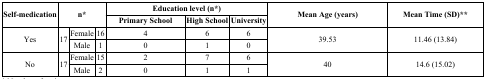
<table><thead><tr><td rowspan="2"><b>Self-medication</b></td><td rowspan="2" colspan="4"><b>n*</b></td><td colspan="3"><b>Education level (n*)</b></td><td rowspan="2"><b>Mean Age (years)</b></td><td rowspan="2"><b>Mean Time (SD)**</b></td></tr><tr><td><b>Primary School</b></td><td><b>High School</b></td><td><b>University</b></td></tr></thead><tbody><tr><td rowspan="2" colspan="2">Yes</td><td rowspan="2">17</td><td>Female</td><td>16</td><td>4</td><td>6</td><td>6</td><td rowspan="2">39.53</td><td rowspan="2">11.46 (13.84)</td></tr><tr><td>Male</td><td>1</td><td>0</td><td>1</td><td>0</td></tr><tr><td rowspan="2" colspan="2">No</td><td rowspan="2">17</td><td>Female</td><td>15</td><td>2</td><td>7</td><td>6</td><td rowspan="2">40</td><td rowspan="2">14.6 (15.02)</td></tr><tr><td>Male</td><td>2</td><td>0</td><td>1</td><td>1</td></tr></tbody></table>